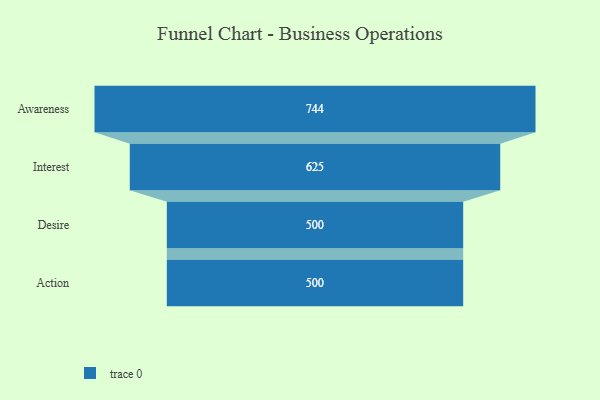
{"axis": {"x": "Stage", "y": "Value"}, "legend": [""], "data": [{"x": "Awareness", "y": 744.0, "type": ""}, {"x": "Interest", "y": 625.0, "type": ""}, {"x": "Desire", "y": 500, "type": ""}, {"x": "Action", "y": 500, "type": ""}]}